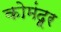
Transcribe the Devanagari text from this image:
कोमंदूर